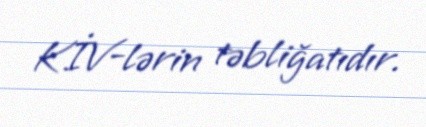
KİV-lərin təbliğatıdır.